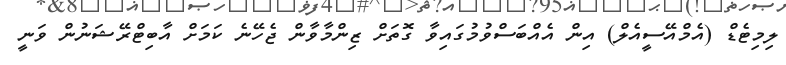
ލިމިޓެޑް (އެމްއޭސީއެލް) އިން އެއްބަސްވުމުގައިވާ ގޮތަށް ޒިންމާވާން ޖެހޭނެ ކަމަށް އާބިޓްރޭޝަނުން ވަނީ